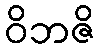
ဝိဘဇိ